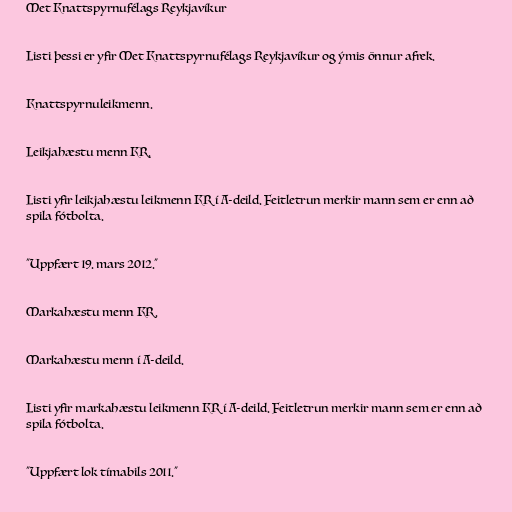
Met Knattspyrnufélags Reykjavíkur

Listi þessi er yfir Met Knattspyrnufélags Reykjavíkur og ýmis önnur afrek.

Knattspyrnuleikmenn.

Leikjahæstu menn KR.

Listi yfir leikjahæstu leikmenn KR í A-deild. Feitletrun merkir mann sem er enn að
spila fótbolta.

"Uppfært 19. mars 2012."

Markahæstu menn KR.

Markahæstu menn í A-deild.

Listi yfir markahæstu leikmenn KR í A-deild. Feitletrun merkir mann sem er enn að
spila fótbolta.

"Uppfært lok tímabils 2011."